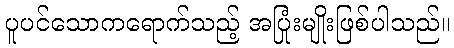
ပူပင်သောကရောက်သည့် အပြုံးမျိုးဖြစ်ပါသည်။